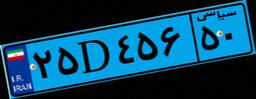
۸۹D۸۱۰۵۷